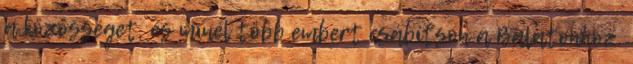
a közösséget, és minél több embert csábítson a Balatonhoz.